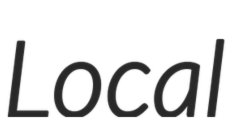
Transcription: Local